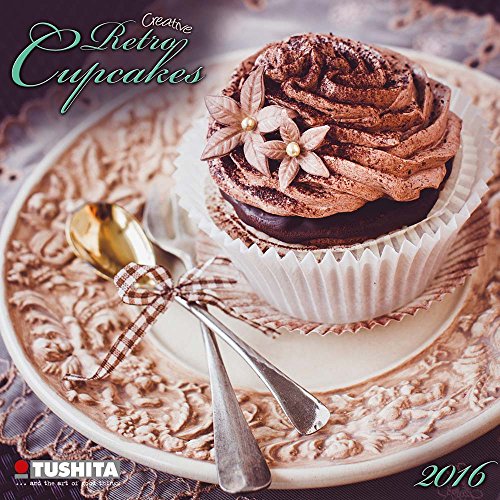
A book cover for Cupcakes (161532) (English, Spanish, French, Italian and German Edition); Tushita; Calendars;